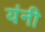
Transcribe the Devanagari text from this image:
यंनी